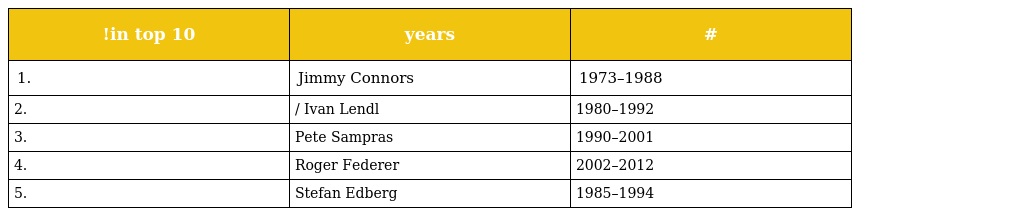
| !in top 10 | years | # |
 | --- | --- | --- |
 | 1. | Jimmy Connors | 1973–1988 |
 | 2. | / Ivan Lendl | 1980–1992 |
 | 3. | Pete Sampras | 1990–2001 |
 | 4. | Roger Federer | 2002–2012 |
 | 5. | Stefan Edberg | 1985–1994 |